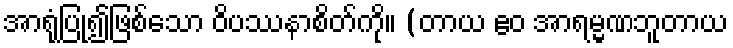
အာရုံပြု၍ဖြစ်သော ဝိပဿနာစိတ်ကို။ (တာယ ဧဝ အာရမ္မဏဘူတာယ